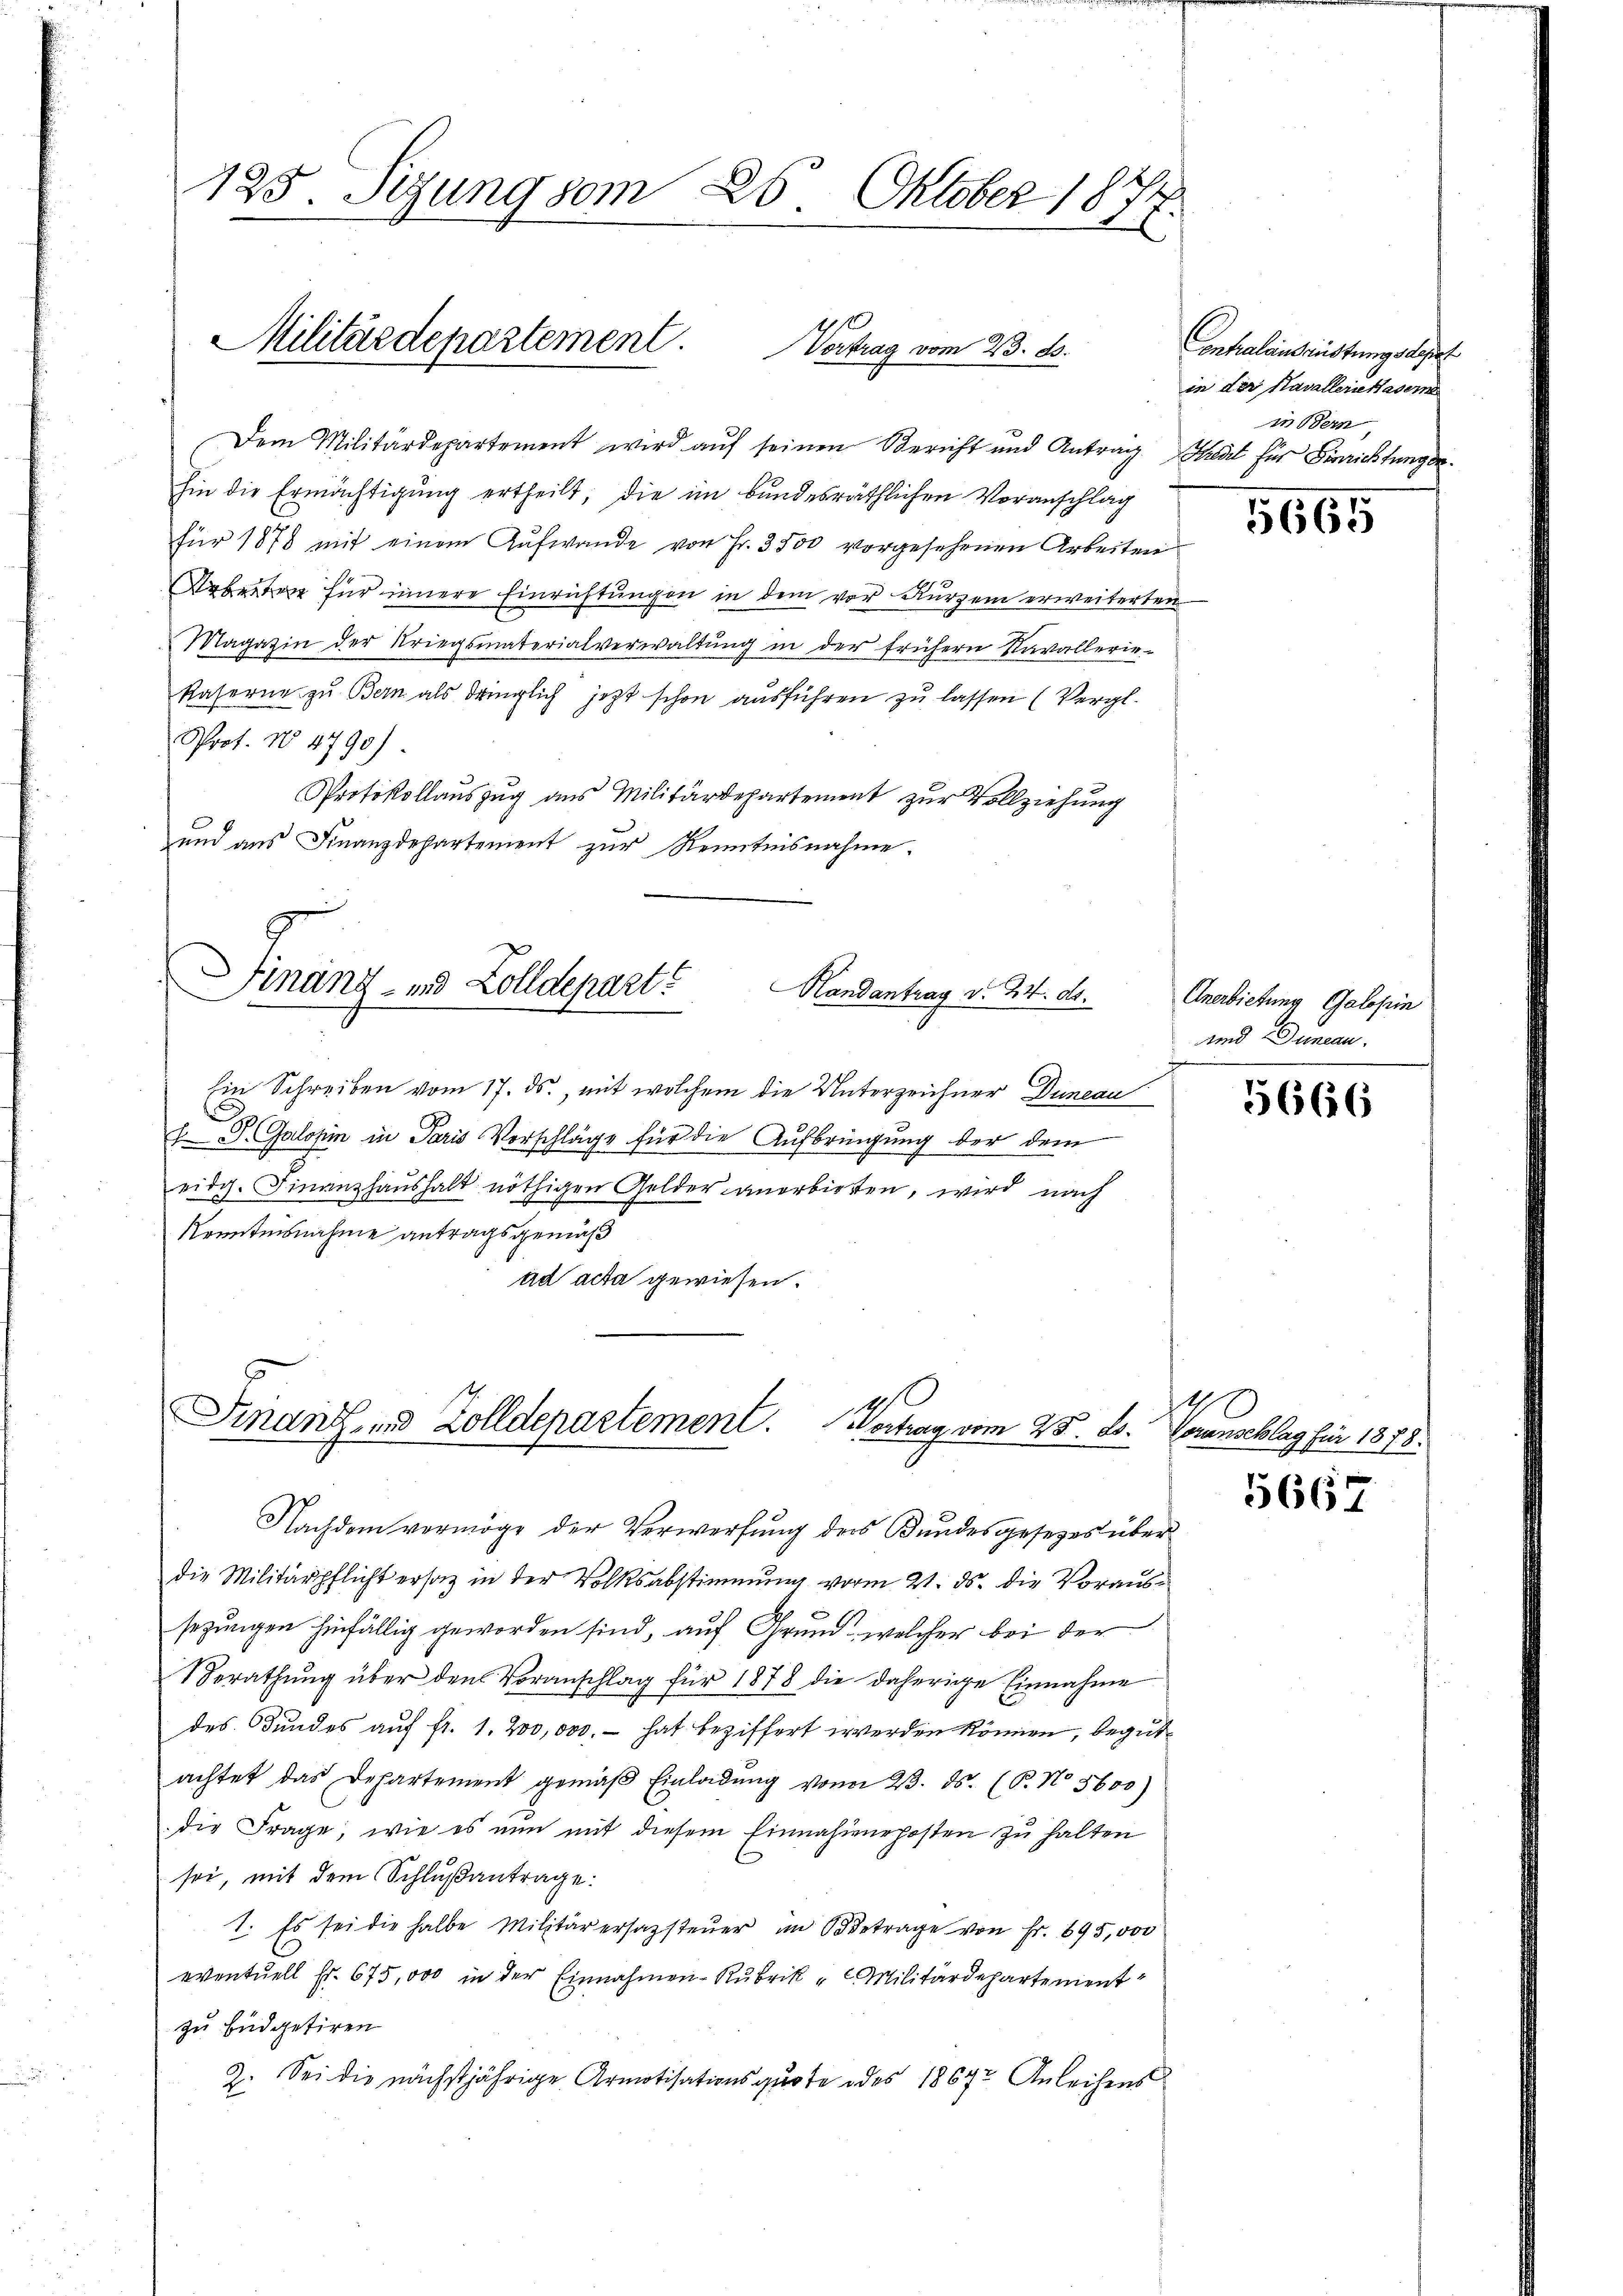
125. Sitzung vom 26. Oktober 1877.

Militärdepartement. Vertrag vom 23. d.

hin die Ermächtigung ertheilt, die im bundesräthlichen Voranschlag
für 1878 mit einem Aufwande von Fr. 3500 vorgesehenen Arbeiten
Arbeiten für innere Einrichtungen in dem vor Kurzem erweiterten
Magazin der Kriegsmaterialverwaltŭng in der frühern Navallerie-
Raserne zu Bern als dringlich jetzt schon ausführen zu lassen (Vergl.
Prot. No 4790)
Protokollauszug aus Militärdepartement zur Vollziehung
und aus Finanzdepartement zur Kenntnisnahme.

Dem Militärdepartement wird aŭf seinen Bericht und Antrag Theilt für Berichtung de

Finanz- und Zolldepart?
Handantrag v. 24. ds.

Ein Schreiben vom 17. ds., mit welchem die Unterzeichner Duncau
C
4 J. Galopin in Paris Vorschläge für die Aufbringung der dem
eidg. Finanzhaŭshalt nöthigen Gelder anorbieten, wird nach
Kenntnisnahme antragsgemäß
ad acta gewiesen.

Finanz und Zolldepartement. Vertrag vom 28. d.
Nachdem vermöge der Verwerfung des Bundesgesetzes über¬

die Militärpflicht ersaz in der Volksabstimmung vom 21. ds. die Voraussezungen hinfällig geworden sind, auf Grund, welcher bei der
Berathung über den Voranschlag für 1878 die daherige Einnahme
des Bundes auf fr. 1. 200,000. – hat beziffert werden können, begutachtet das Departement gemäβ Einladŭng von 23. ds. (T. No 5600)
die Frage, wie es nun mit diesem Einnahmeposten zu halten
sei, mit dem Schlußantrage:
1. Es sei die halbe Militär ersazsteŭer im Betrage von Fr. 695,000
eventuell Fr. 675,000 in der Einnahmen-Rubrik "Militärdepartement
zu Budgetiren
2. Sei die nächstjährige Armotisationsquote des 1869 Anleihens

ontralausrüstungsdeput
in der Havalleriehaserne
in Bern,

5665

Anerbietung Galopin
und Duncau.

5666

14
Voranschlag für 1878.

5667